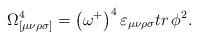
\begin{align*}\Omega _{[\mu \nu \rho \sigma ]}^4=\left( \omega ^{+}\right) ^4\varepsilon_{\mu \nu \rho \sigma }tr\,\phi ^2. \end{align*}